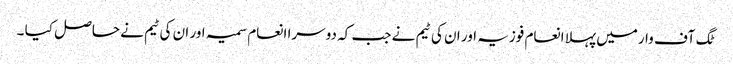
ٹگ آف وارمیں پہلا انعام فوزیہ اور ان کی ٹیم نے جب کہ دوسرا انعام سمیہ اور ان کی ٹیم نے حاصل کیا ۔